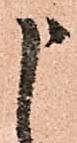
申